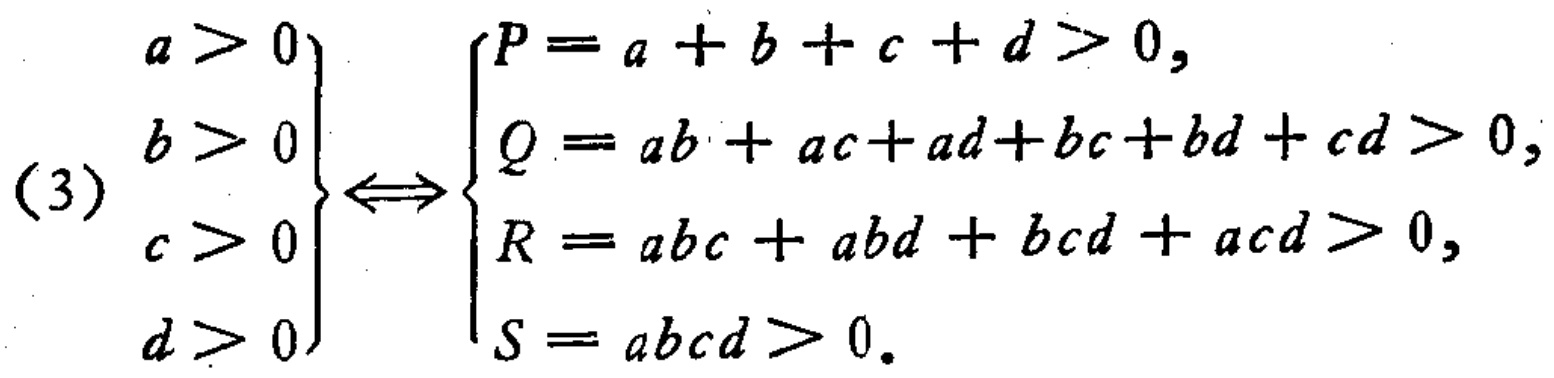
\[(3)
\left.
\begin{array}{l}
a > 0 \\
b > 0 \\
c > 0 \\
d > 0
\end{array}
\right\}
\Longleftrightarrow
\left\{
\begin{array}{l}
P = a + b + c + d>0, \\
Q = ab + ac + ad+bc + bd + cd>0, \\
R = abc + abd + bcd + acd>0, \\
S = abcd>0.
\end{array}
\right.
\]